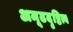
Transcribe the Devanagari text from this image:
अमूढदृष्टित्व